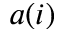
a ( i )